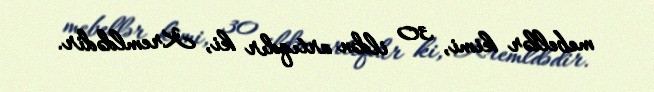
mebellər kimi, 30 ildən artıqdır ki, Kremldədir.